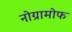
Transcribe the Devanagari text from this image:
नोग्रामोफ